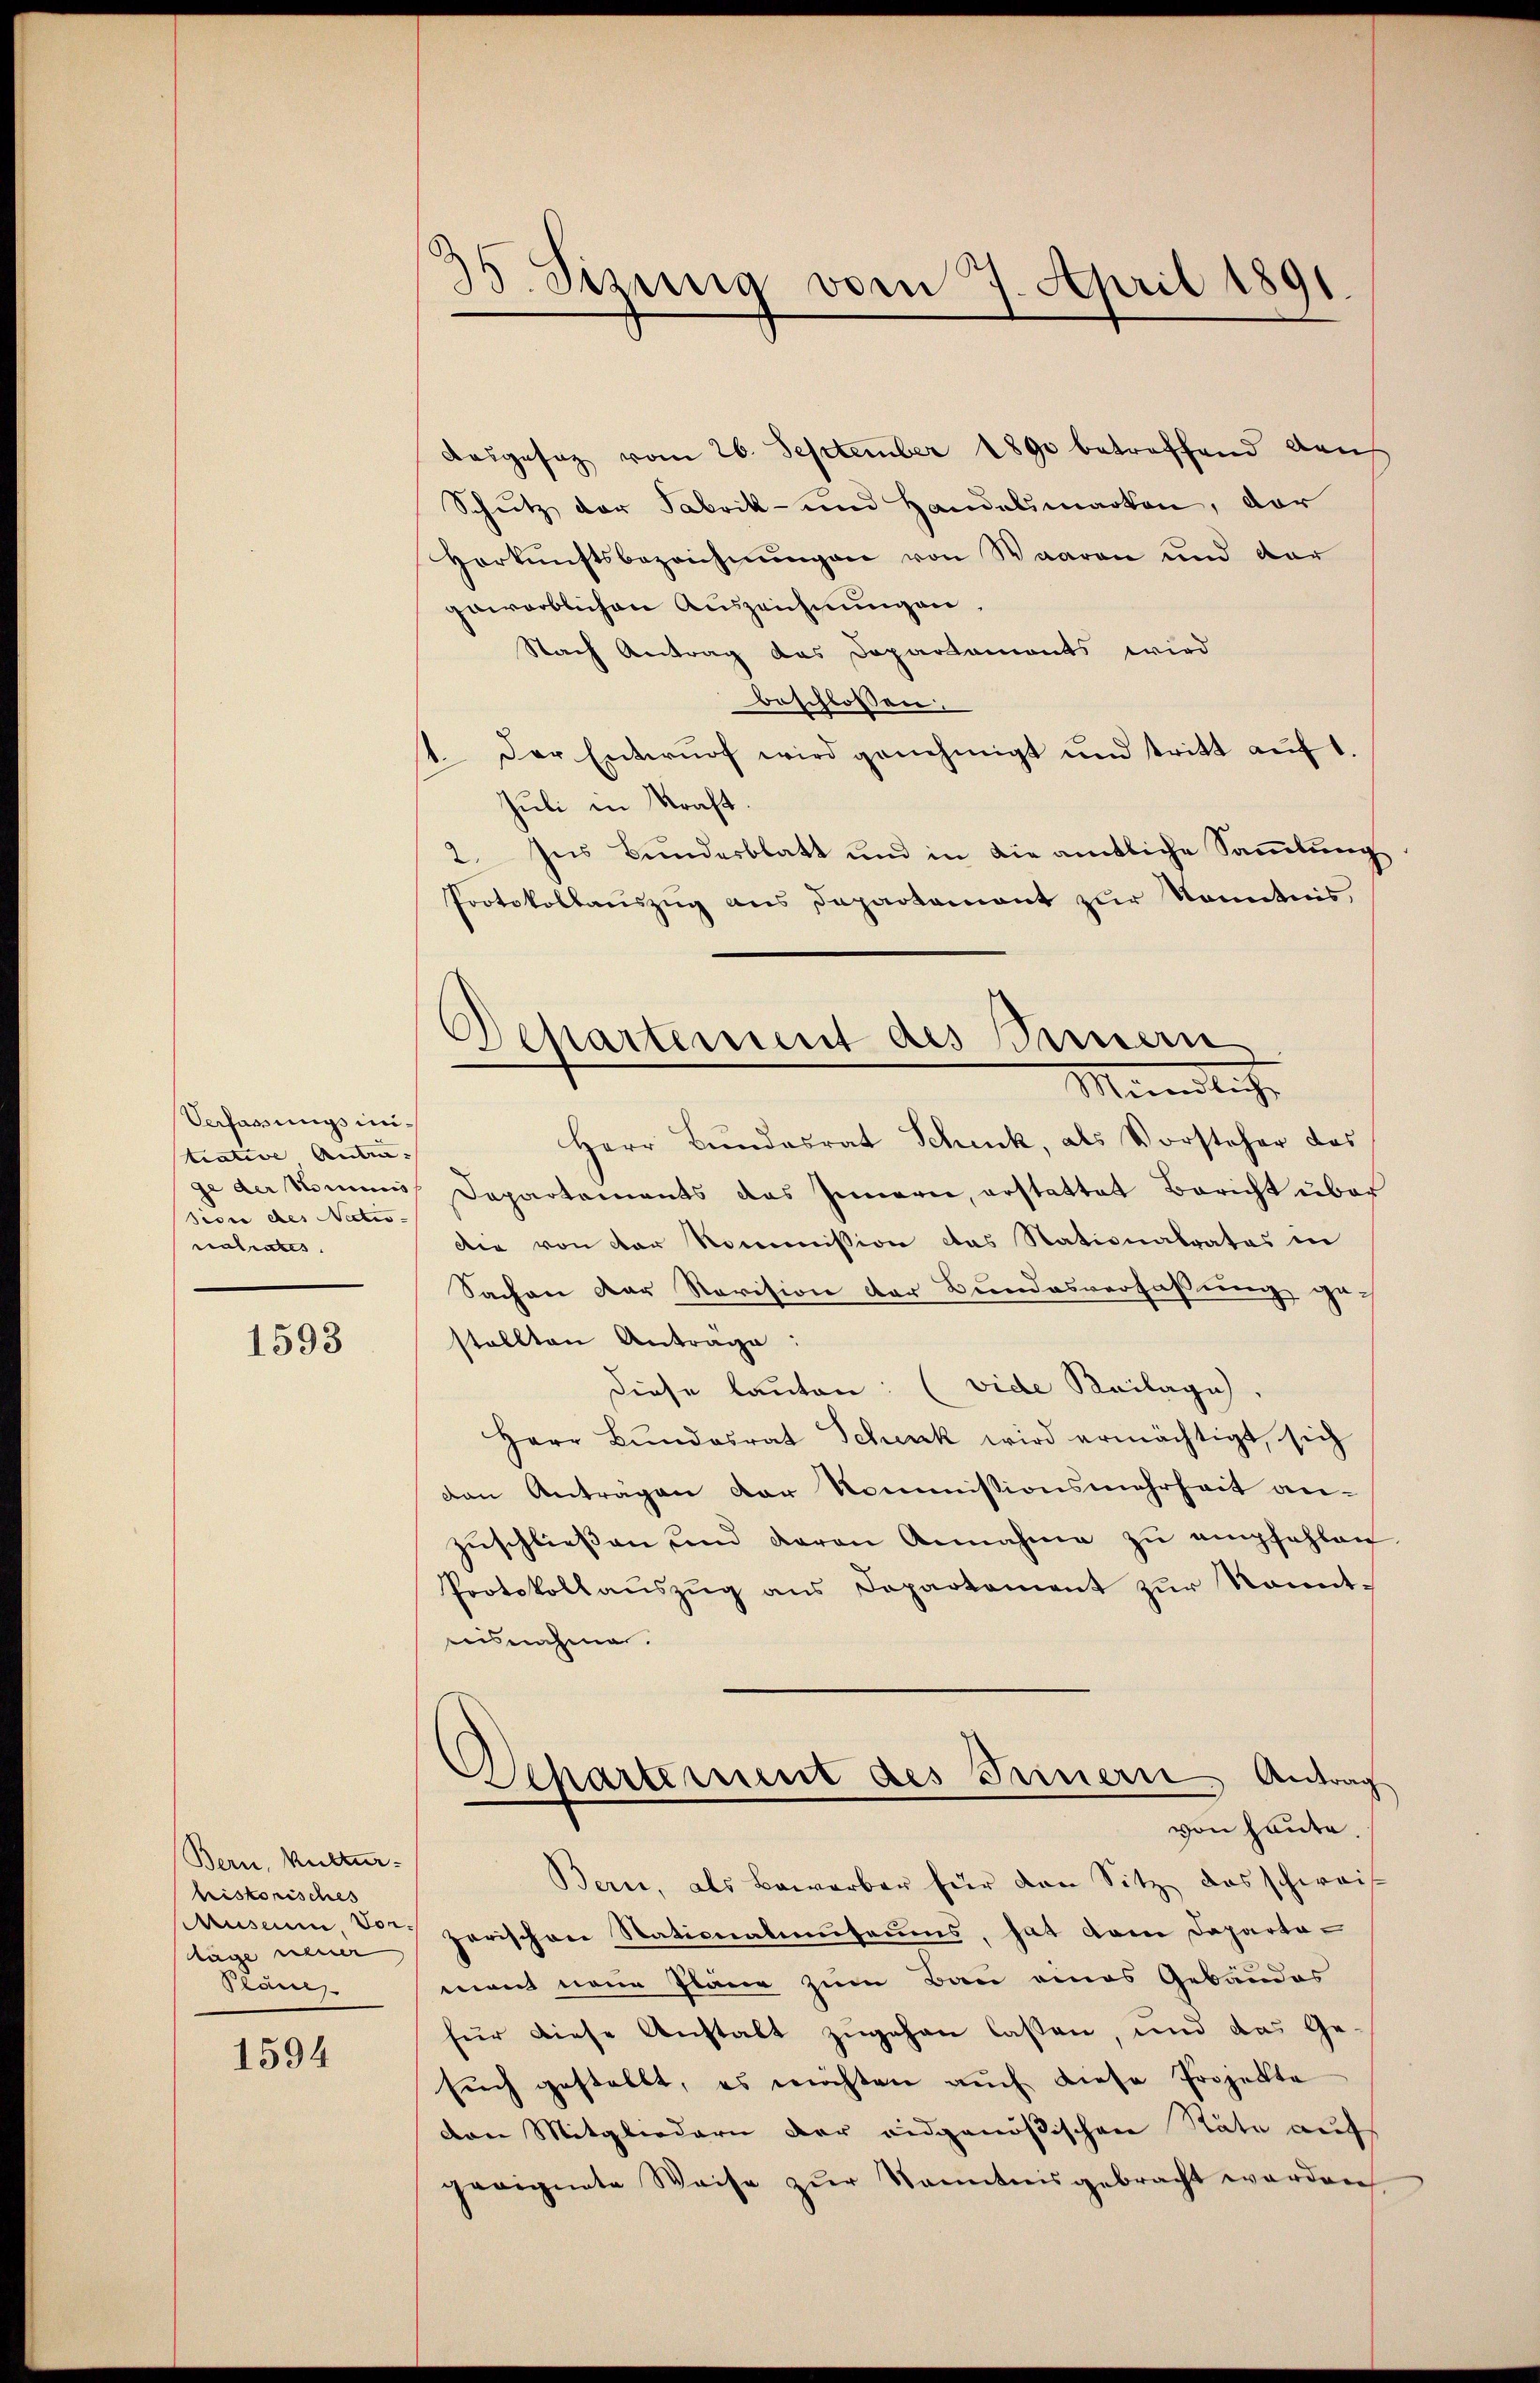
Vefarungs untrative Anan:
sion des Nectio- |
nalrates.

1593

Bern, Kultur-
hristorisches
Tage neuer
Plane

1594

5 Sizung vom 7. April 1891.

Aasgesez vom 26. September 1890 betreffend Raus
Schutz der Fabrik- und Handelsmarken, der
Herkunftsbezeichnŭngen von Waaren und der
gewerblichen Auszeichnungen.
Nach Antrag das Departaments wird
beschlossen:
11. Der Entwurf wird genehmigt und tritt auf 1.
Juli in Kraft.
2. Ins Bundesblatt und in die amtliche Sammlung
Protokollauszug aus Departamant zur Kenntnis,
Herr Bundesrat Schick, als Vorsteher das
ge der kommis Departements des Innern, erstattet Bericht über
Die von der Kommission das Stationalrates in
Sachen der Revision der Bundesverfassung gestellten Anträge:
Diese lauten: (vide Keilage).
Herr Bundesrat Schenk wird ermächtigt, sich
den Anträgen der Kommissionsmehrheit anzŭschließen und daran Annahme zŭ empfehlen.
Protokollaŭszŭg ans Departement zŭr Sonnt-
aisnahmen.
Departement des Innern, Antrag
von heute.
Bern, als Bewerber für den Sitz das schweis
Museum, der zerischen Stationalmŭsaums, hat dem Departa-
mant neue Pläne zum Bau eines Gebäudes
für diese Anstalt zugehen lassen, und das Ge-
such gestallt, es möchten auch diese Projekte
den Mitgliedern der eidgenößischen Räte aufs
geeignete Weise zur Kenntnisgebracht worden

Departement des Seiner
Mündlich